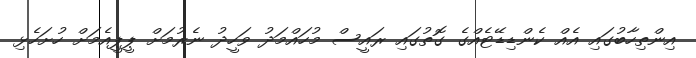
އިންތިހާބުގައި އެއް ކެންޑިޑޭޓެއްގެ ގޮތުގައި ރައީސް މުހައްމަދު ވަހީދު ނެރުމަށް ޕީޕީއެމަށް ހުށަހެޅި